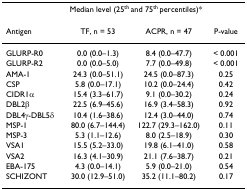
<table><thead><tr><td></td><td colspan="2"><b>Median level (25<sup>th </sup>and 75<sup>th </sup>percentiles)*</b></td><td></td></tr><tr><td><b>Antigen</b></td><td><b>TF, n = 53</b></td><td><b>ACPR, n = 47</b></td><td><b>P-value</b></td></tr></thead><tbody><tr><td>GLURP-R0</td><td>0.0 (0.0–1.3)</td><td>8.4 (0.0–47.7)</td><td>&lt; 0.001</td></tr><tr><td>GLURP-R2</td><td>0.0 (0.0–5.0)</td><td>7.7 (0.0–49.8)</td><td>&lt; 0.001</td></tr><tr><td>AMA-1</td><td>24.3 (0.0–51.1)</td><td>24.5 (0.0–87.3)</td><td>0.25</td></tr><tr><td>CSP</td><td>5.8 (0.0–17.1)</td><td>10.2 (0.0–24.4)</td><td>0.42</td></tr><tr><td>CIDR1α</td><td>15.4 (3.3–61.7)</td><td>9.1 (0.0–30.2)</td><td>0.24</td></tr><tr><td>DBL2β</td><td>22.5 (6.9–45.6)</td><td>16.9 (3.4–58.3)</td><td>0.92</td></tr><tr><td>DBL4γ-DBL5δ</td><td>10.4 (1.6–38.6)</td><td>12.4 (3.0–44.0)</td><td>0.74</td></tr><tr><td>MSP-1</td><td>80.0 (6.7–144.4)</td><td>122.7 (29.3–162.0)</td><td>0.11</td></tr><tr><td>MSP-3</td><td>5.3 (1.1–12.6)</td><td>8.0 (2.5–18.9)</td><td>0.30</td></tr><tr><td>VSA1</td><td>15.5 (5.2–33.0)</td><td>19.8 (6.1–41.0)</td><td>0.58</td></tr><tr><td>VSA2</td><td>16.3 (4.1–30.9)</td><td>21.1 (7.6–38.7)</td><td>0.21</td></tr><tr><td>EBA-175</td><td>4.3 (0.0–14.1)</td><td>5.9 (0.0–21.0)</td><td>0.54</td></tr><tr><td>SCHIZONT</td><td>30.0 (12.9–51.0)</td><td>35.2 (11.1–80.2)</td><td>0.17</td></tr></tbody></table>